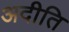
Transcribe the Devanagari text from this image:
अदीति